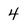
Character: 4